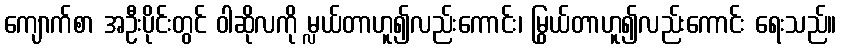
ကျောက်စာ အဦးပိုင်းတွင် ဝါဆိုလကို မ္လယ်တာဟူ၍လည်းကောင်း၊ မြွယ်တာဟူ၍လည်းကောင်း ရေးသည်။